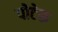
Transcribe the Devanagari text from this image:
पोटेरू